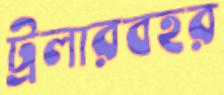
ট্রলারবহর